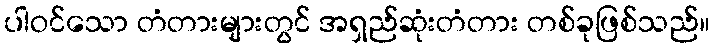
ပါဝင်သော တံတားများတွင် အရှည်ဆုံးတံတား တစ်ခုဖြစ်သည်။